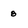
Character: 8